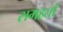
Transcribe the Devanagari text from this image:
समहर्ता